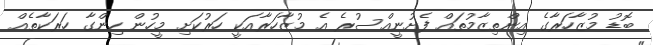
ބޮޑު މުޒާހަރާގެ އިންތިޒާމުތައް ފެށުނީއްސުރެ އެ މުޒާހަރާއަކީ ހަރުކަށި މީހުން ހިންގާ ހަރަކާތެއް